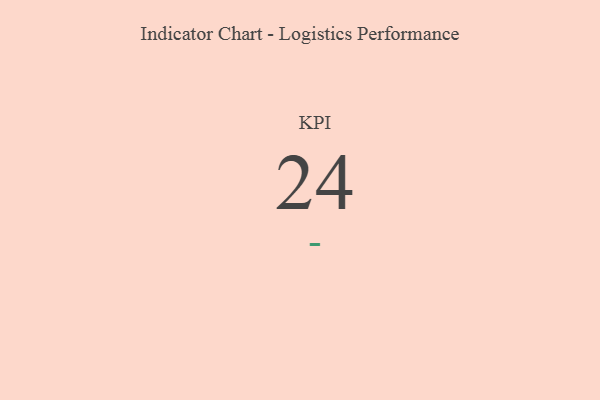
{"axis": {"x": "KPI", "y": "Value"}, "legend": [""], "data": [{"x": "KPI", "y": 24, "type": ""}]}